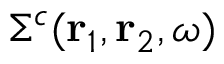
\Sigma ^ { c } ( \mathbf { r } _ { 1 } , \mathbf { r } _ { 2 } , \omega )